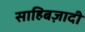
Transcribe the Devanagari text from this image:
साहिबज़ादी